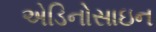
એડિનોસાઇન